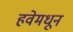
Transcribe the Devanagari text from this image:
हवेमधून